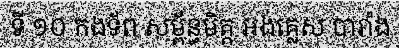
ទី ១០ កងទ័ព សម្ព័ន្ធមិត្ត អង់គ្លេស បារាំង